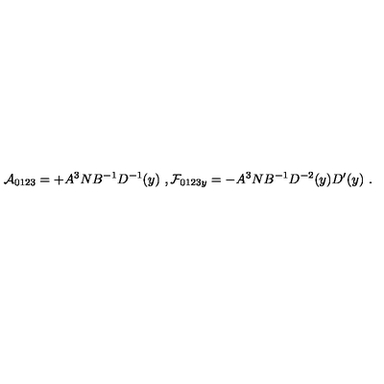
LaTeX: { \cal A } _ { 0 1 2 3 } = + A ^ { 3 } N B ^ { - 1 } D ^ { - 1 } ( y ) \ , { \cal F } _ { 0 1 2 3 y } = - A ^ { 3 } N B ^ { - 1 } D ^ { - 2 } ( y ) D ^ { \prime } ( y ) \ .